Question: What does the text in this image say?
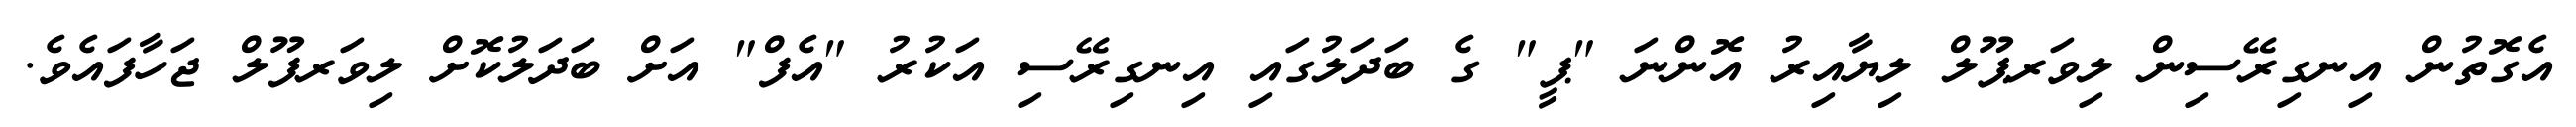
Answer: އެގޮތުން އިނގިރޭސިން ލިވަރޕޫލް ލިޔާއިރު އޮންނަ "ޕީ" ގެ ބަދަލުގައި އިނގިރޭސި އަކުރު "އެފް" އަށް ބަދަލުކޮށް ލިވަރފޫލް ޖަހާފައެވެ.